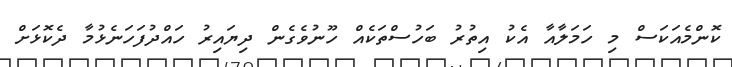
ކޮންމެއަކަސް މި ހަމަލާއާ އެކު އިތުރު ބަހުސްތަކެއް ހޫނުވެގެން ދިޔައިރު ހައްދުފަހަނެޅުމާ ދެކޮޅަށް